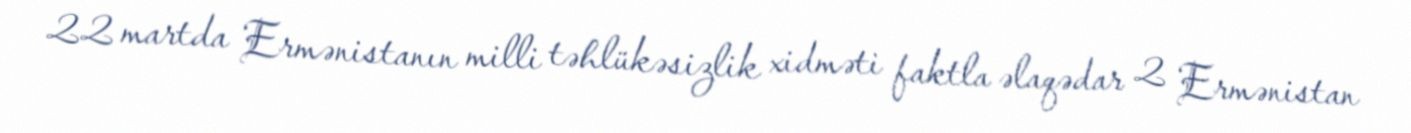
22 martda Ermənistanın milli təhlükəsizlik xidməti faktla əlaqədar 2 Ermənistan